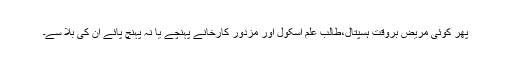
پھر کوئی مریض بروقت ہسپتال،طالب علم اسکول اور مزدور کارخانے پہنچے یا نہ پہنچ پائے ان کی بلا سے۔